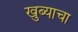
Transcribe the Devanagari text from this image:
खुब्याचा